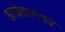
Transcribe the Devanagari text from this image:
साचेवाल्याचे